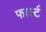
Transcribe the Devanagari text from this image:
फार्स्ट